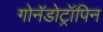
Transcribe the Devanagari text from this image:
गोनॅडोट्रॉपिन